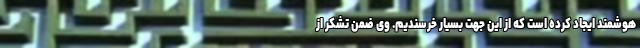
هوشمند ایجاد کرده است که از این جهت بسیار خرسندیم. وی ضمن تشکر از